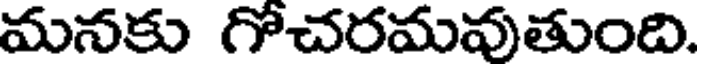
మనకు గోచరమవుతుంది.